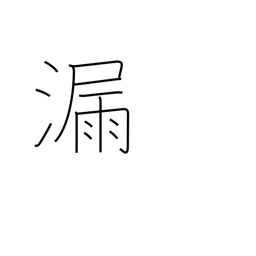
Meaning: leak